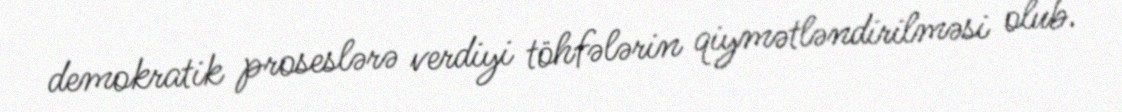
demokratik proseslərə verdiyi töhfələrin qiymətləndirilməsi olub.